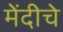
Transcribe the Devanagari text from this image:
मेंदीचे